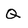
Character: Q